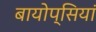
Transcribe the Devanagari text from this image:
बायोप्सियां